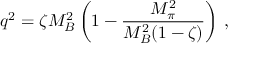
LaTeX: q ^ { 2 } = \zeta M _ { B } ^ { 2 } \left( 1 - \frac { M _ { \pi } ^ { 2 } } { M _ { B } ^ { 2 } ( 1 - \zeta ) } \right) \, ,